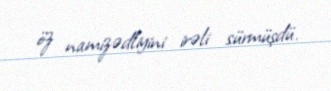
öz namizədliyini irəli sürmüşdü.